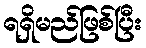
ရရှိမည်ဖြစ်ပြီး